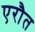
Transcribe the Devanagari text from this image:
एरौत